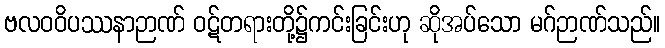
ဗလဝဝိပဿနာဉာဏ် ဝဋ်တရားတို့၌ကင်းခြင်းဟု ဆိုအပ်သော မဂ်ဉာဏ်သည်။